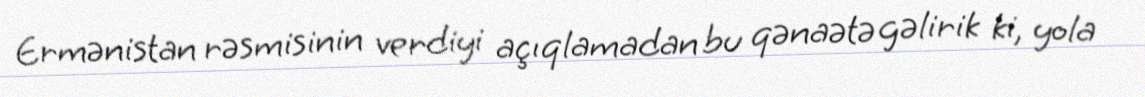
Ermənistan rəsmisinin verdiyi açıqlamadan bu qənaətə gəlirik ki, yola